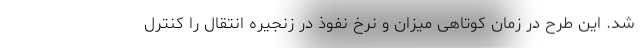
شد. این طرح در زمان کوتاهی میزان و نرخ نفوذ در زنجیره انتقال را کنترل